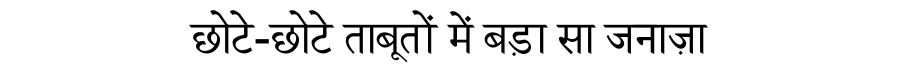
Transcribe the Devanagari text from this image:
छोटे-छोटे ताबूतों में बड़ा सा जनाज़ा